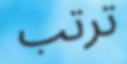
ترتب